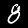
Label: 8